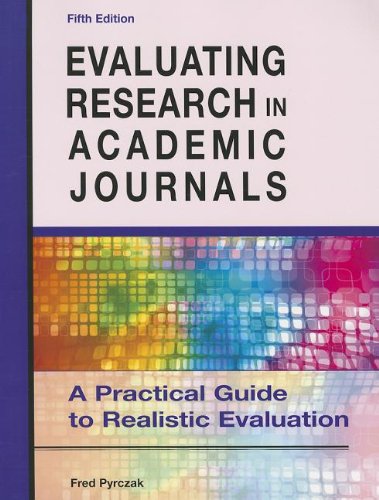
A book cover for Evaluating Research in Academic Journals: A Practical Guide to Realistic Evaluation; Fred Pyrczak; Politics & Social Sciences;